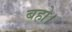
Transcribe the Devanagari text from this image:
बहो।